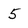
Character: 5